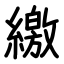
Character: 繳